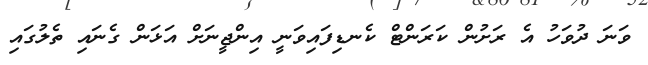
ވަނަ ދުވަހު އެ ރަށުން ކަރަންޓް ކެނޑިފައިވަނީ އިންޖީނަށް އަޅަން ގެނައި ތެލުގައި